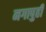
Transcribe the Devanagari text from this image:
नगापुही